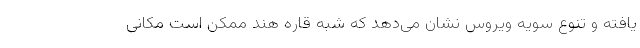
یافته و تنوع سویه ویروس نشان می‌دهد که شبه قاره هند ممکن است مکانی